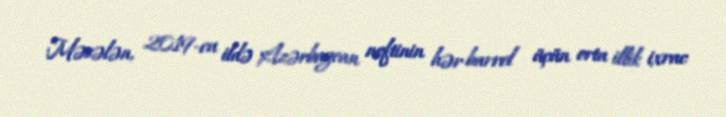
Məsələn, 2019-cu ildə Azərbaycan neftinin hər barrel üçün orta illik ixrac